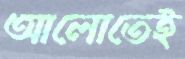
আলোতেই